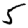
Digit: 5